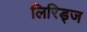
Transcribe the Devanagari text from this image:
लिरिड्ज